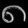
Digit: ၈